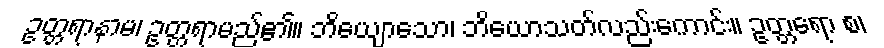
ဥတ္တရာနာမ၊ ဥတ္တရာမည်၏။ ဘိယျောသော၊ ဘိယောသတ်လည်းကောင်း။ ဥတ္တရော စ၊